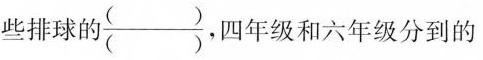
些排球的 $$\frac{()}{()}$$ ，四年级和六年级分到的